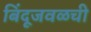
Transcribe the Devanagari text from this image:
बिंदूजवळची